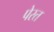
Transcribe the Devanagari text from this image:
पेरत